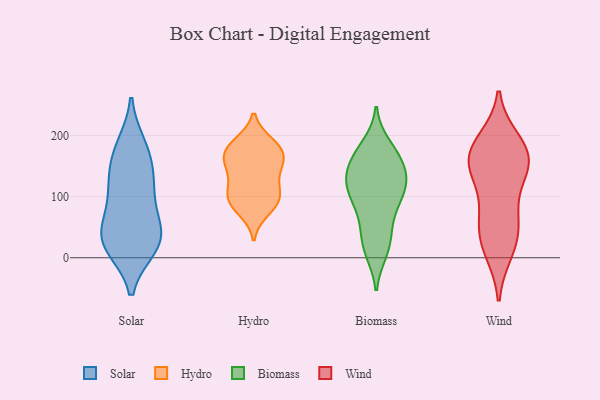
{"axis": {"x": "Website Visitors", "y": "Value"}, "legend": ["Biomass", "Hydro", "Solar", "Wind"], "data": [{"x": "", "y": 174, "type": "Solar"}, {"x": "", "y": 121, "type": "Solar"}, {"x": "", "y": 97, "type": "Solar"}, {"x": "", "y": 182, "type": "Solar"}, {"x": "", "y": 21, "type": "Solar"}, {"x": "", "y": 152, "type": "Solar"}, {"x": "", "y": 44, "type": "Solar"}, {"x": "", "y": 26, "type": "Solar"}, {"x": "", "y": 113, "type": "Solar"}, {"x": "", "y": 48, "type": "Solar"}, {"x": "", "y": 33, "type": "Solar"}, {"x": "", "y": 19, "type": "Solar"}, {"x": "", "y": 98, "type": "Hydro"}, {"x": "", "y": 137, "type": "Hydro"}, {"x": "", "y": 187, "type": "Hydro"}, {"x": "", "y": 184, "type": "Hydro"}, {"x": "", "y": 88, "type": "Hydro"}, {"x": "", "y": 153, "type": "Hydro"}, {"x": "", "y": 95, "type": "Hydro"}, {"x": "", "y": 117, "type": "Hydro"}, {"x": "", "y": 174, "type": "Hydro"}, {"x": "", "y": 162, "type": "Hydro"}, {"x": "", "y": 105, "type": "Hydro"}, {"x": "", "y": 177, "type": "Hydro"}, {"x": "", "y": 77, "type": "Hydro"}, {"x": "", "y": 151, "type": "Hydro"}, {"x": "", "y": 116, "type": "Biomass"}, {"x": "", "y": 169, "type": "Biomass"}, {"x": "", "y": 122, "type": "Biomass"}, {"x": "", "y": 75, "type": "Biomass"}, {"x": "", "y": 18, "type": "Biomass"}, {"x": "", "y": 11, "type": "Biomass"}, {"x": "", "y": 126, "type": "Biomass"}, {"x": "", "y": 43, "type": "Biomass"}, {"x": "", "y": 114, "type": "Biomass"}, {"x": "", "y": 160, "type": "Biomass"}, {"x": "", "y": 98, "type": "Biomass"}, {"x": "", "y": 164, "type": "Biomass"}, {"x": "", "y": 183, "type": "Biomass"}, {"x": "", "y": 133, "type": "Biomass"}, {"x": "", "y": 68, "type": "Biomass"}, {"x": "", "y": 134, "type": "Biomass"}, {"x": "", "y": 101, "type": "Biomass"}, {"x": "", "y": 166, "type": "Biomass"}, {"x": "", "y": 20, "type": "Biomass"}, {"x": "", "y": 67, "type": "Wind"}, {"x": "", "y": 192, "type": "Wind"}, {"x": "", "y": 189, "type": "Wind"}, {"x": "", "y": 10, "type": "Wind"}, {"x": "", "y": 144, "type": "Wind"}, {"x": "", "y": 46, "type": "Wind"}, {"x": "", "y": 150, "type": "Wind"}, {"x": "", "y": 75, "type": "Wind"}, {"x": "", "y": 152, "type": "Wind"}, {"x": "", "y": 122, "type": "Wind"}, {"x": "", "y": 170, "type": "Wind"}, {"x": "", "y": 41, "type": "Wind"}, {"x": "", "y": 160, "type": "Wind"}, {"x": "", "y": 13, "type": "Wind"}, {"x": "", "y": 171, "type": "Wind"}]}